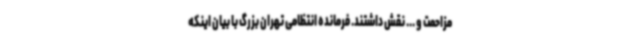
مزاحمت و ... نقش داشتند. فرمانده انتظامی تهران بزرگ با بیان اینکه